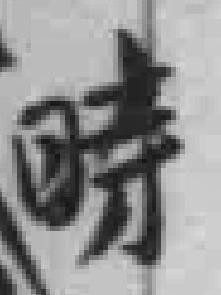
時